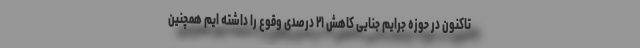
تاکنون در حوزه جرایم جنایی کاهش ۲۱ درصدی وقوع را داشته ایم همچنین